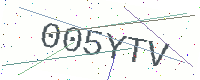
Text: 005YTV